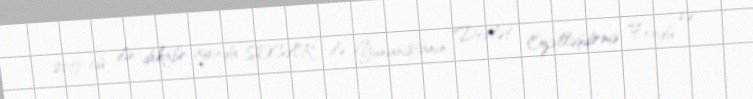
2013-cü ilin dekabr ayında SOCAR ilə Yunanıstanın Dövlət Özəlləşdirmə Fondu və